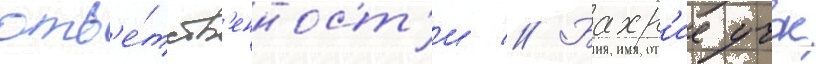
отв'е́тств'енност'и // Бахр'ие учок